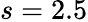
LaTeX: s=2.5